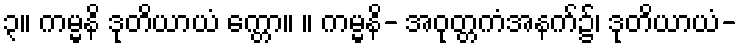
၃။ ကမ္မနိ ဒုတိယာယံ က္တော။ ။ ကမ္မနိ- အဝုတ္တကံအနက်၌၊ ဒုတိယာယံ-